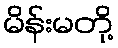
မိန်းမတို့